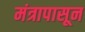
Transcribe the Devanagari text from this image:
मंत्रापासून